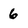
Character: 6